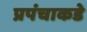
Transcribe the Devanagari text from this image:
प्रपंचाकडे